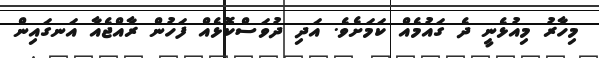
މިހާރު މިއުޅެނީ ދެ ގައުމެއް ކަމަށެވެ. އަދި ދުވަސްކޮޅެއް ފަހުން ރާއްޖެއާ އަނގައިން